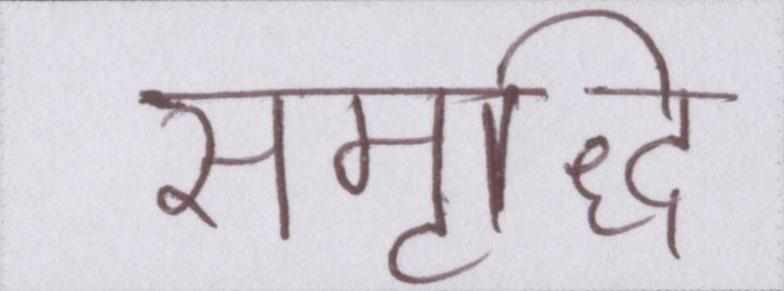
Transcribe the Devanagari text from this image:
समृध्दि